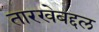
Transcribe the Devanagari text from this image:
तारखेबद्दल